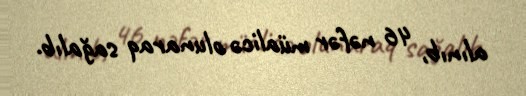
alınıb, 46 nəfər müalicə olunaraq sağalıb.